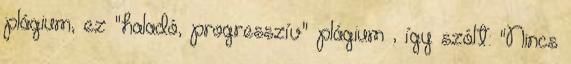
plágium, ez "haladó, progresszív" plágium , így szólt: "Nincs